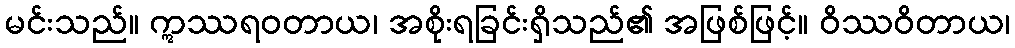
မင်းသည်။ ဣဿရဝတာယ၊ အစိုးရခြင်းရှိသည်၏ အဖြစ်ဖြင့်။ ဝိဿဝိတာယ၊